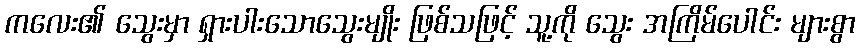
ကလေး၏ သွေးမှာ ရှားပါးသောသွေးမျိုး ဖြစ်သဖြင့် သူ့ကို သွေး အကြိမ်ပေါင်း များစွာ